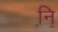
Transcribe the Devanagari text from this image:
नि़॒